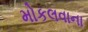
મોકલવાના